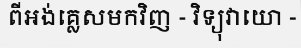
ពីអង់គ្លេសមកវិញ - វិទ្យុវាយោ -